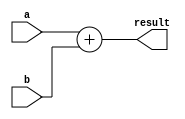
module adder_task (
    input [7:0] a,
    input [7:0] b,
    output reg [7:0] result
);

task add_task;
    input [7:0] x;
    input [7:0] y;
    begin
        result = x + y;
    end
endtask

initial begin
    add_task(a, b);
end

endmodule